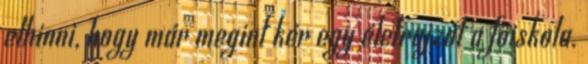
elhinni, hogy már megint kér egy életrajzot a főiskola.